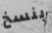
بنسخ